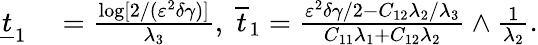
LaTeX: \begin{array}{rl}{\underline{{t}}_{1}}&{{}=\frac{\log[2/(\varepsilon^{2}\delta\gamma)]}{\lambda_{3}},~\overline{{t}}_{1}=\frac{\varepsilon^{2}\delta\gamma/2-C_{12}\lambda_{2}/\lambda_{3}}{C_{11}\lambda_{1}+C_{12}\lambda_{2}}\wedge\frac{1}{\lambda_{2}}.}\end{array}